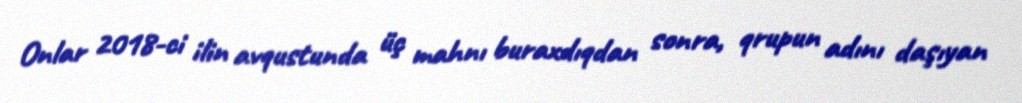
Onlar 2018-ci ilin avqustunda üç mahnı buraxdıqdan sonra, qrupun adını daşıyan